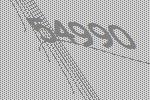
54990